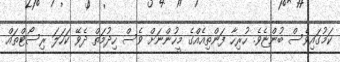
ކަމުގައިވެސް ބުންޏެވެ. ހުރިހާ ފަންތިއެއްގެ މީހުންނަށް ވެސް ހިދުމަތް ދެވޭ ކަހަލަ ރިސޯޓްތައް